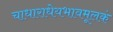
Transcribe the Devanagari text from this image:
चाधाराधेयभावमूलकं